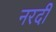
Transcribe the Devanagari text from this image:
नरदी